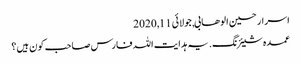
اسرار حسین الوھابی, ‏جولائی 11, 2020
عمدہ شیئرنگ. یہ ہدایت اللہ فارس صاحب کون ہیں؟